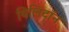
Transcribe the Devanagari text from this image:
बिलिटॉन